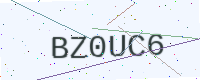
Text: BZ0UC6